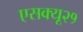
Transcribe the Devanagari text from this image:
एसक्यू२१